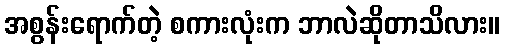
အစွန်းရောက်တဲ့ စကားလုံးက ဘာလဲဆိုတာသိလား။